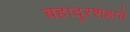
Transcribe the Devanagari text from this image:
बहादुरशहाने